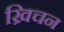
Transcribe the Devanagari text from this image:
ख्रिचन